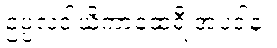
ဥပ္ပလဒါယိကာထေရီ အပဒါန။